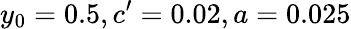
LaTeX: y_{0}=0.5,c^{\prime}=0.02,a=0.025